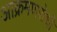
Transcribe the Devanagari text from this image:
आक्रमणरोधी